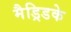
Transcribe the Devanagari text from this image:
मैड्रिडके